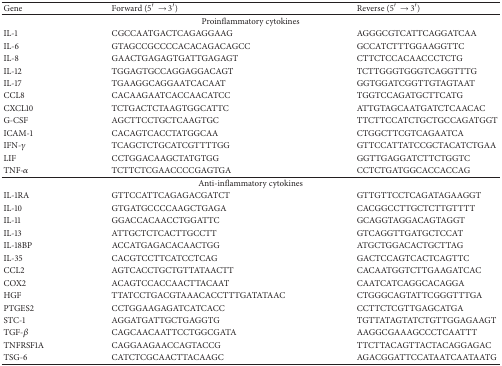
<table><thead><tr><td><b>Gene</b></td><td><b>Forward (5′→3′)</b></td><td><b>Reverse (5′→3′)</b></td></tr></thead><tbody><tr><td colspan="3">Proinflammatory cytokines</td></tr><tr><td>IL-1</td><td>CGCCAATGACTCAGAGGAAG</td><td>AGGGCGTCATTCAGGATCAA</td></tr><tr><td>IL-6</td><td>GTAGCCGCCCCACACAGACAGCC</td><td>GCCATCTTTGGAAGGTTC</td></tr><tr><td>IL-8</td><td>GAACTGAGAGTGATTGAGAGT</td><td>CTTCTCCACAACCCTCTG</td></tr><tr><td>IL-12</td><td>TGGAGTGCCAGGAGGACAGT</td><td>TCTTGGGTGGGTCAGGTTTG</td></tr><tr><td>IL-17</td><td>TGAAGGCAGGAATCACAAT</td><td>GGTGGATCGGTTGTAGTAAT</td></tr><tr><td>CCL8</td><td>CACAAGAATCACCAACATCC</td><td>TGGTCCAGATGCTTCATG</td></tr><tr><td>CXCL10</td><td>TCTGACTCTAAGTGGCATTC</td><td>ATTGTAGCAATGATCTCAACAC</td></tr><tr><td>G-CSF</td><td>AGCTTCCTGCTCAAGTGC</td><td>TTCTTCCATCTGCTGCCAGATGGT</td></tr><tr><td>ICAM-1</td><td>CACAGTCACCTATGGCAA</td><td>CTGGCTTCGTCAGAATCA</td></tr><tr><td>IFN-<i>γ</i></td><td>TCAGCTCTGCATCGTTTTGG</td><td>GTTCCATTATCCGCTACATCTGAA</td></tr><tr><td>LIF</td><td>CCTGGACAAGCTATGTGG</td><td>GGTTGAGGATCTTCTGGTC</td></tr><tr><td>TNF-<i>α</i></td><td>TCTTCTCGAACCCCGAGTGA</td><td>CCTCTGATGGCACCACCAG</td></tr><tr><td colspan="3">Anti-inflammatory cytokines</td></tr><tr><td>IL-1RA</td><td>GTTCCATTCAGAGACGATCT</td><td>GTTGTTCCTCAGATAGAAGGT</td></tr><tr><td>IL-10</td><td>GTGATGCCCCAAGCTGAGA</td><td>CACGGCCTTGCTCTTGTTTT</td></tr><tr><td>IL-11</td><td>GGACCACAACCTGGATTC</td><td>GCAGGTAGGACAGTAGGT</td></tr><tr><td>IL-13</td><td>ATTGCTCTCACTTGCCTT</td><td>GTCAGGTTGATGCTCCAT</td></tr><tr><td>IL-18BP</td><td>ACCATGAGACACAACTGG</td><td>ATGCTGGACACTGCTTAG</td></tr><tr><td>IL-35</td><td>CACGTCCTTCATCCTCAG</td><td>GACTCCAGTCACTCAGTTC</td></tr><tr><td>CCL2</td><td>AGTCACCTGCTGTTATAACTT</td><td>CACAATGGTCTTGAAGATCAC</td></tr><tr><td>COX2</td><td>ACAGTCCACCAACTTACAAT</td><td>CAATCATCAGGCACAGGA</td></tr><tr><td>HGF</td><td>TTATCCTGACGTAAACACCTTTGATATAAC</td><td>CTGGGCAGTATTCGGGTTTGA</td></tr><tr><td>PTGES2</td><td>CCTGGAAGAGATCATCACC</td><td>CCTTCTCGTTGAGCATGA</td></tr><tr><td>STC-1</td><td>AGGATGATTGCTGAGGTG</td><td>TGTTATAGTATCTGTTGGAGAAGT</td></tr><tr><td>TGF-<i>β</i></td><td>CAGCAACAATTCCTGGCGATA</td><td>AAGGCGAAAGCCCTCAATTT</td></tr><tr><td>TNFRSF1A</td><td>CAGGAAGAACCAGTACCG</td><td>TTCTTACAGTTACTACAGGAGAC</td></tr><tr><td>TSG-6</td><td>CATCTCGCAACTTACAAGC</td><td>AGACGGATTCCATAATCAATAATG</td></tr></tbody></table>